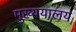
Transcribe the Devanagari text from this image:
मुख्ययालय